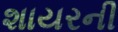
શાયરની